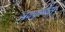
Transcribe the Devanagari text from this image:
अवकृपेस